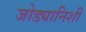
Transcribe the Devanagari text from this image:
जोड्यानिशी